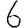
Digit: 6